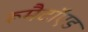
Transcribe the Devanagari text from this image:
रूमैटॉएड